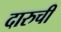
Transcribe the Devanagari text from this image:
दारुची